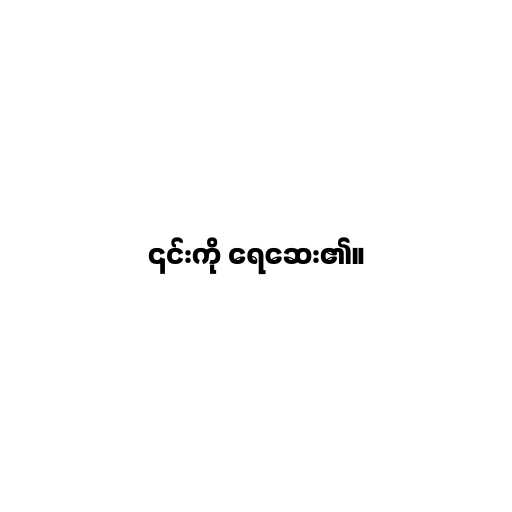
၎င်းကို ရေဆေး၏။